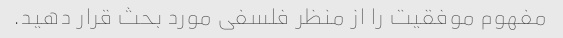
مفهوم موفقیت را از منظر فلسفی مورد بحث قرار دهید.